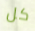
كل